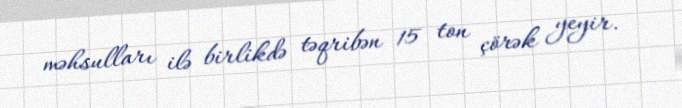
məhsulları ilə birlikdə təqribən 15 ton çörək yeyir.